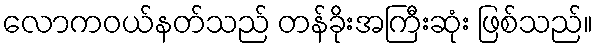
လောကဝယ်နတ်သည် တန်ခိုးအကြီးဆုံး ဖြစ်သည်။